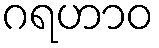
ဂရဟာဝ